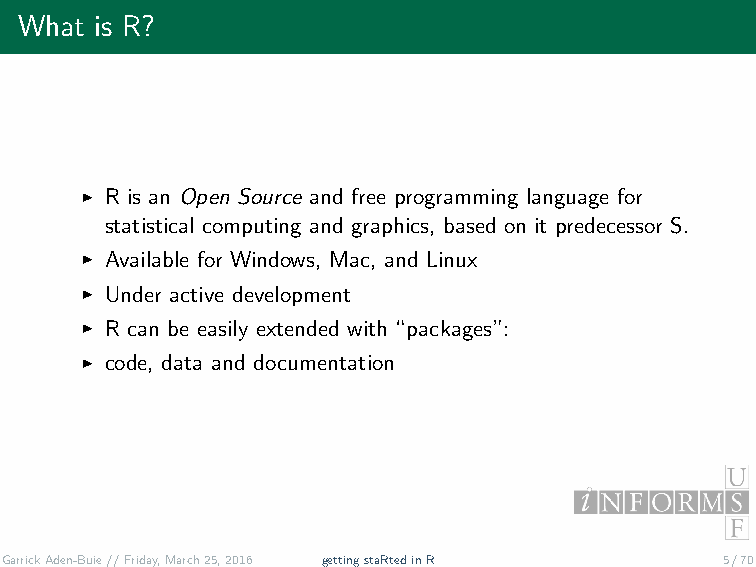
What is R?
 ˇ R is an Open Source and free programming language for
 statistical computing and graphics, based on it predecessor S.
 ˇ Available for Windows, Mac, and Linux
 ˇ Under active development
 ˇ R can be easily extended with “packages”:
 ˇ code, data and documentation
 GarrickAden-Buie//Friday,March25,2016 gettingstaRtedinR 5/70